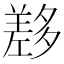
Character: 𡗂